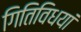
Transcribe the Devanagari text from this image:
गितिविधयां